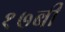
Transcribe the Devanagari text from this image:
१७बी